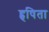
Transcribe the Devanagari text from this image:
हृषिता